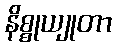
နိစ္စုယျုတာ